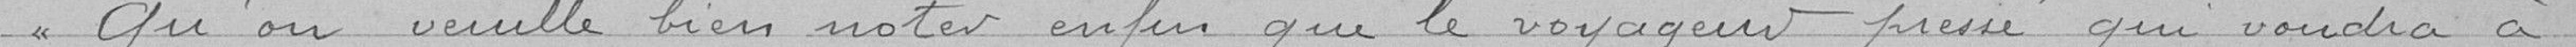
Qu'on veuille bien noter enfin que le voyageur pressé qui voudra à